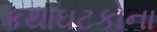
કથાઘટકોના